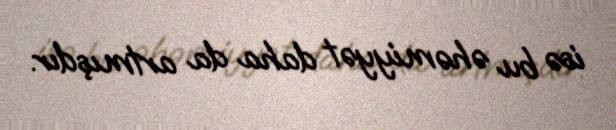
isə bu əhəmiyyət daha da artmışdır.